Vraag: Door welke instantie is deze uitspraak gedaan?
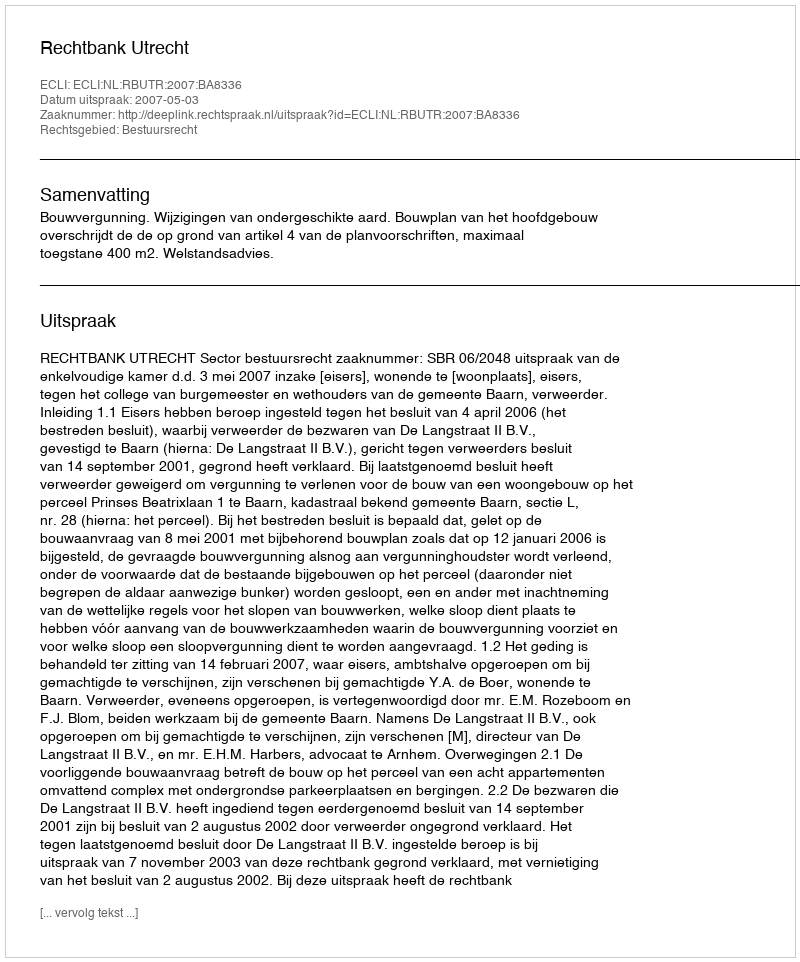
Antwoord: Rechtbank Utrecht